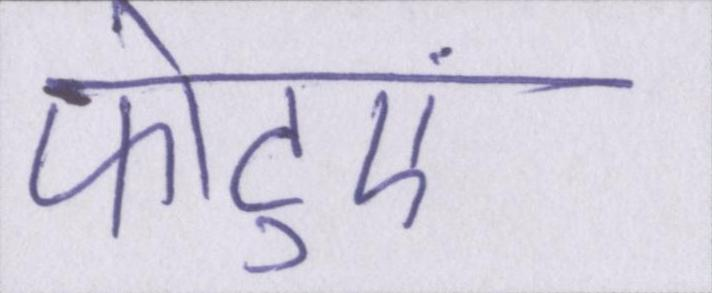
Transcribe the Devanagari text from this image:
फोटुएं